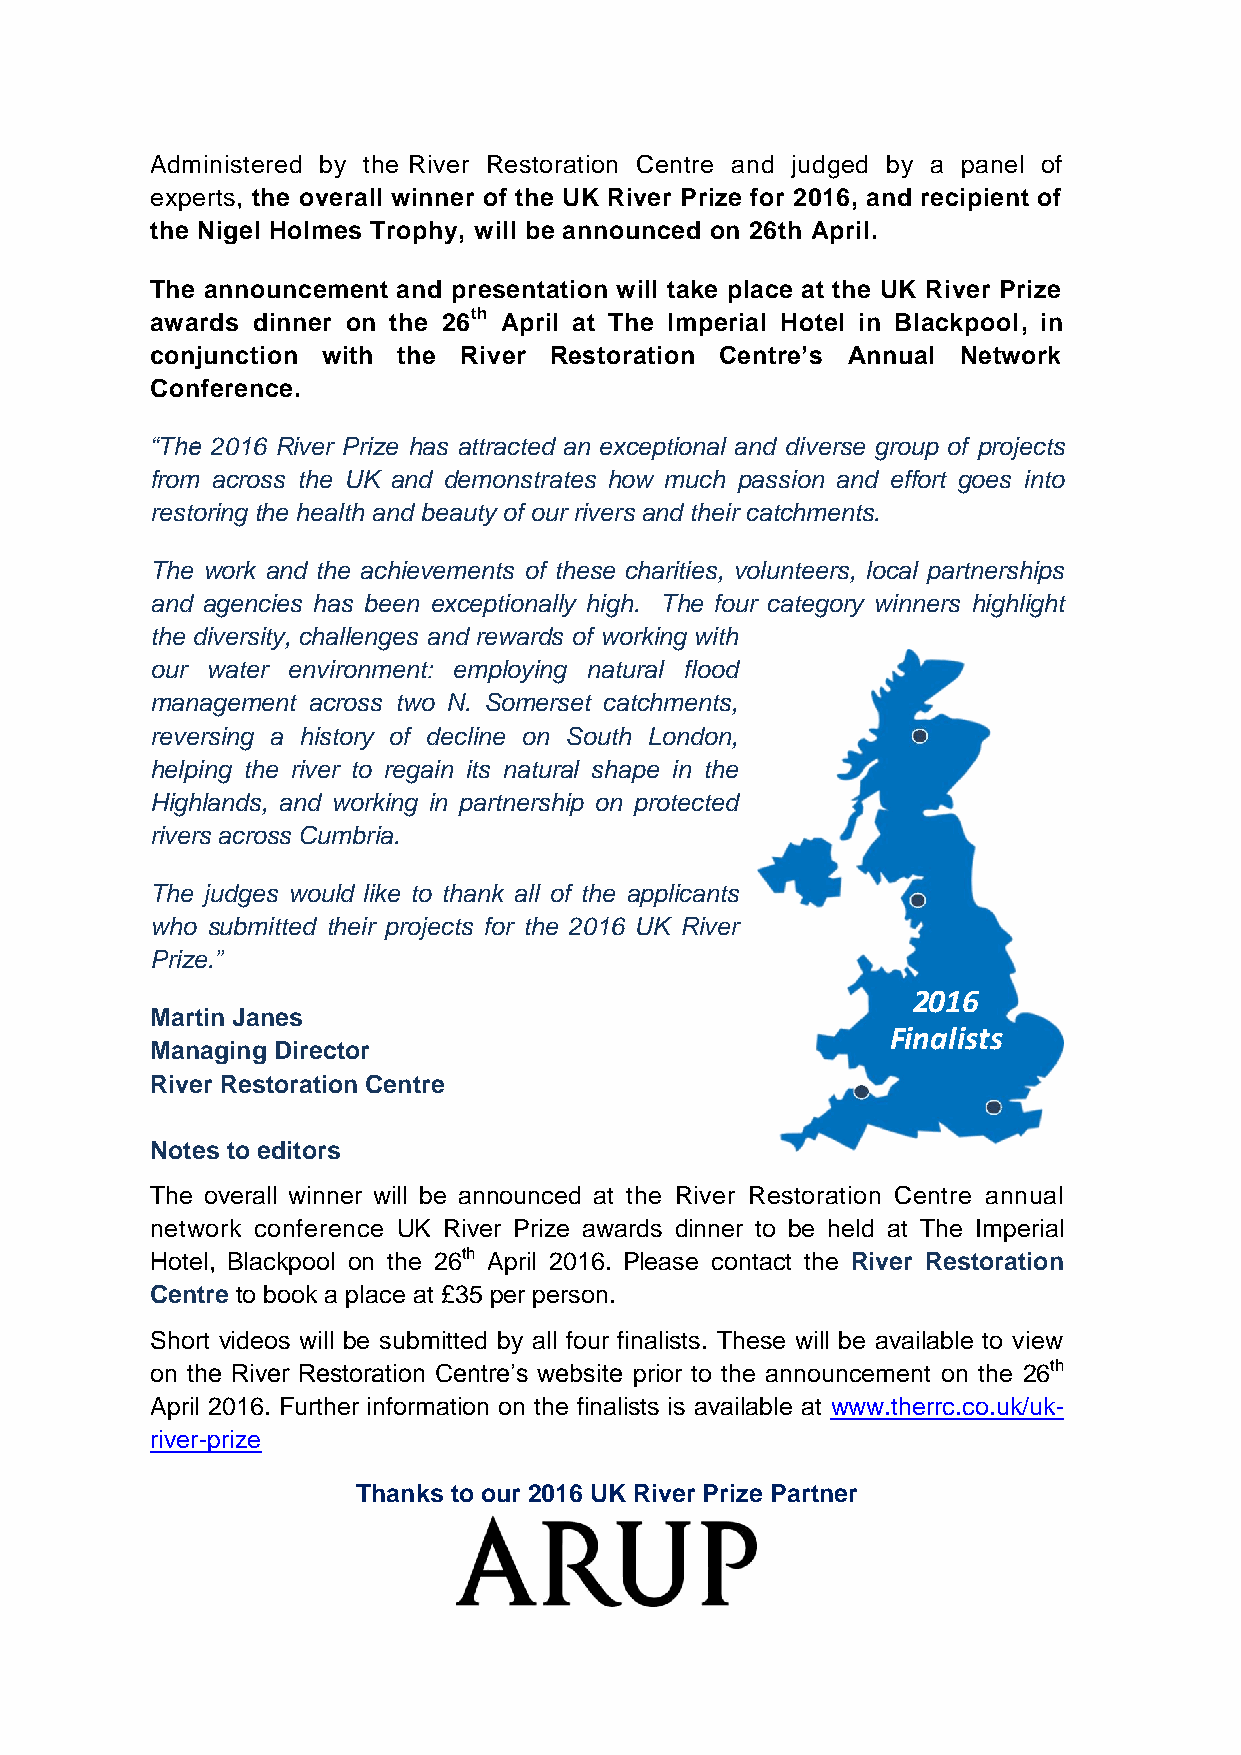
Administered by the River Restoration Centre and judged by a panel of
 experts, the overall winner of the UK River Prize for 2016, and recipient of
 the Nigel Holmes Trophy, will be announced on 26th April.
 The announcement and presentation will take place at the UK River Prize
 awards dinner on the 26th April at The Imperial Hotel in Blackpool, in
 conjunction with the River Restoration Centre’s Annual Network
 Conference.
 “The 2016 River Prize has attracted an exceptional and diverse group of projects
 from across the UK and demonstrates how much passion and effort goes into
 restoring the health and beauty of our rivers and their catchments.
 The work and the achievements of these charities, volunteers, local partnerships
 and agencies has been exceptionally high. The four category winners highlight
 the diversity, challenges and rewards of working with
 our water environment: employing natural flood
 management across two N. Somerset catchments,
 reversing a history of decline on South London,
 helping the river to regain its natural shape in the
 Highlands, and working in partnership on protected
 rivers across Cumbria.
 The judges would like to thank all of the applicants
 who submitted their projects for the 2016 UK River
 Prize.”
 2016
 Martin Janes
 Finalists
 Managing Director
 River Restoration Centre
 Notes to editors
 The overall winner will be announced at the River Restoration Centre annual
 network conference UK River Prize awards dinner to be held at The Imperial
 Hotel, Blackpool on the 26th April 2016. Please contact the River Restoration
 Centre to book a place at £35 per person.
 Short videos will be submitted by all four finalists. These will be available to view
 on the River Restoration Centre’s website prior to the announcement on the 26th
 April 2016. Further information on the finalists is available at www.therrc.co.uk/uk-
 river-prize
 Thanks to our 2016 UK River Prize Partner